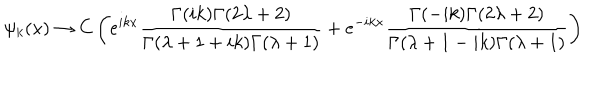
\psi _ { k } ( x ) \rightarrow C \left( e ^ { i k x } \frac { \Gamma ( i k ) \Gamma ( 2 \lambda + 2 ) } { \Gamma ( \lambda + 1 + i k ) \Gamma ( \lambda + 1 ) } + e ^ { - i k x } \frac { \Gamma ( - i k ) \Gamma ( 2 \lambda + 2 ) } { \Gamma ( \lambda + 1 - i k ) \Gamma ( \lambda + 1 ) } \right)